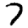
Digit: 7